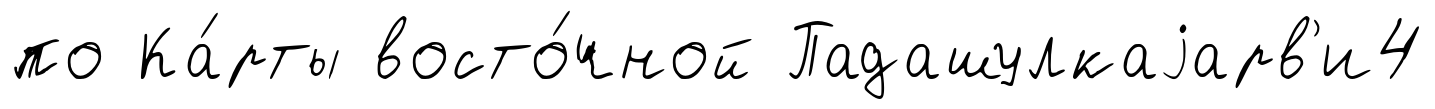
по Ка́рты восто́чной Падашулкаjарв'и4